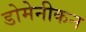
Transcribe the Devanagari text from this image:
डोमेनीकन